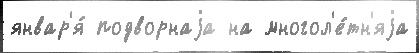
январ'я́ подворнаjа на многол'е́тн'яjа